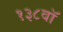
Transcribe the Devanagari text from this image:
१३८वॉ